Vaccination report Assam 1896-1927 - 1896-1927
Year: 1896
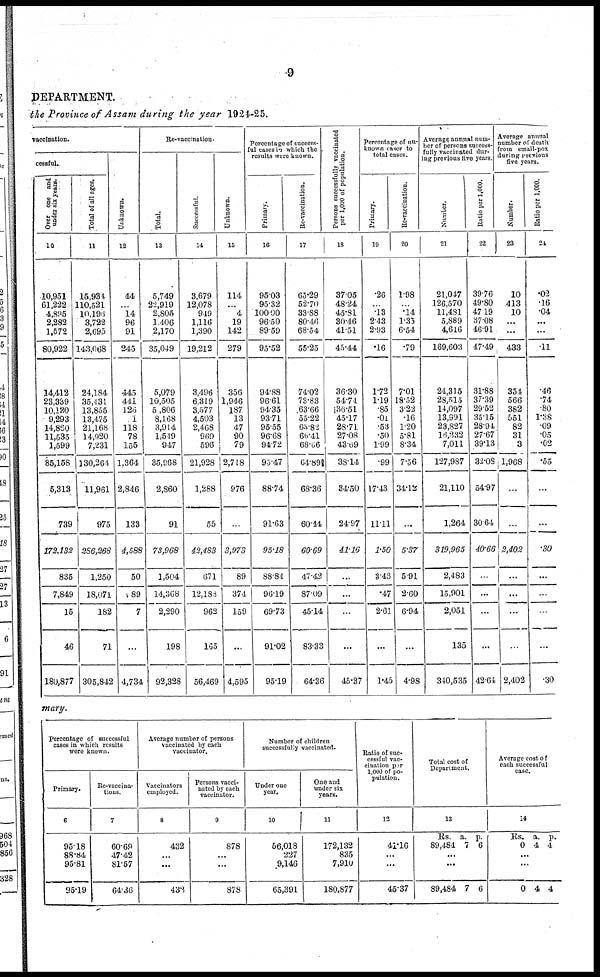
9
DEPARTMENT.
the Province of Assam during the year 1924-25.
vaccination.
cessful.
Over one and
under six years.
10
10,951
61,222
4,895
2,282
1,572
80,922
14,412
23,389
10,120
9,293
14,860
11,535
1,599
85,158
5,313
739
172,132
835
7,849
15
46
180,877
Total of all ages.
11
15,934
110,521
10,196
3,722
2,695
143,068
24,184
35,431
13,855
13,475
21,168
14,920
7,231
130,264
11,961
975
286,268
1,250
18,071
182
71
305,842
Unknown.
12
44
..
14
96
91
245
445
441
126
1
118
78
155
1,364
2,846
133
4,588
50
89
7
...
4,734
Re-vaccination.
Total.
13
5,749
22,919
2,805
1,406
2,170
35,049
5,079
10,505
5,806
8,168
3,914
1,549
947
35,968
2,860
91
73,968
1,504
14,368
2,290
198
92,328
Successful.
14
3,679
12,078
919
1,116
1,390
19,212
3,496
6,319
3,577
4,503
2,468
969
596
21,928
1,288
55
42,483
671
12,188
962
165
56,469
Unknown.
15
114
...
4
19
142
279
356
1,946
187
13
47
90
79
2,718
976
...
3,973
89
374
159
...
4,595
Percentage of success-
ful cases
which the
results were known.
Primary.
16
95.03
95.32
100.00
96.50
89.59
95.52
94.88
96.61
94.35
93.71
95.55
96.68
94.72
95.47
88.74
91.63
95.18
88.84
96.19
69.73
91.02
95.19
Re-vaccination.
17
65.29
52.70
33.88
80.46
68.54
55.25
74.02
73.83
63.66
55.22
63.82
66.41
68.06
64.89||
68.36
60.44
60.69
47.42
87.09
45.14
83.33
64.36
Persons successfully vaccinated
per 1,000 of population.
18
37.05
48.24
45.81
30.46
41.51
45.44
36.30
54.74
36.51
45.17
28.71
27.08
43.69
38.14
34.50
24.97
41.16
...
...
...
...
45.37
Percentage of un¬
known cases to
total cases.
Primary.
19
.26
...
.13
2.43
2.93
.16
1.72
1.19
.85
.01
.53
.50
1.99
.99
17.43
11.11
1.50
3.48
.47
2.61
...
1.45
Re-vaccination.
20
1.98
...
.14
1.35
6.54
.79
7.01
18.52
3.22
.16
1.20
5.81
8.34
7.56
34.12
...
5.37
5.91
2.60
6.94
...
4.98
Average annual num-
ber of persons success-
fully vaccinated dur-
ing previous five years.
Number.
21
21,047
126,570
11,481
5,889
4,616
169,603
24,315
28,515
14,097
13,991
23,827
16,232
7,011
127,987
21,110
1,264
319,965
2,483
15,901
2,051
135
340,535
Ratio per 1,000.
22
39.76
49.80
47.19
37.08
46.91
47.49
31.88
37.39
29.52
35.15
28.94
27.67
39.13
32.08
54.97
30.64
40.66
...
...
...
...
42.64
Average an
number of d
from small-
Number.
23
10
413
10
...
...
433
354
566
382
551
82
31
3
1,968
...
...
2,402
...
...
...
...
2,402
Ratio per 1,000.
24
.02
.16
.04
...
...
.11
.46
.74
.80
1.38
.09
.05
.02
.55
...
...
.30
...
...
...
...
.30
mary.
Percentage of successful
cases in which results
were known.
Primary.
6
95.18
88.84
95.81
95.19
Re-vaccina-
tions.
7
60.69
47.42
81.57
64.36
Average number of persons
vaccinated by each
vaccinator.
Vaccinators
employed
8
432
...
...
432
Persons vacci-
nated by each
vaccinator.
9
878
...
...
878
Number of children
successfully vaccinated.
Under one
year.
10
56,018
227
9,146
65,391
One and
under six
years.
11
172,132
835
7,910
180,877
Ratio of suc-
cessful vac-
cination per
1,000 of po-
pulation.
12
41.16
...
...
45.37
Total cost of
Department.
13
Rs.
89,484
a.
7
p.
6
...
...
89,484 7 6
Average cost of
each successful
case.
14
Rs.
0
a.
4
p.
4
...
...
0 4 4